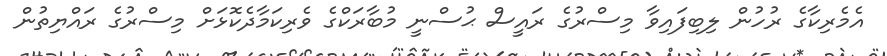
އެމެރިކާގެ ރުހުން ލިބިފައިވާ މިސްރުގެ ރައީސް ޙުސްނީ މުބާރަކްގެ ވެރިކަމާދެކޮޅަށް މިސްރުގެ ރައްޔިތުން